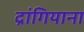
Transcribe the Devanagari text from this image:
द्रांगियाना